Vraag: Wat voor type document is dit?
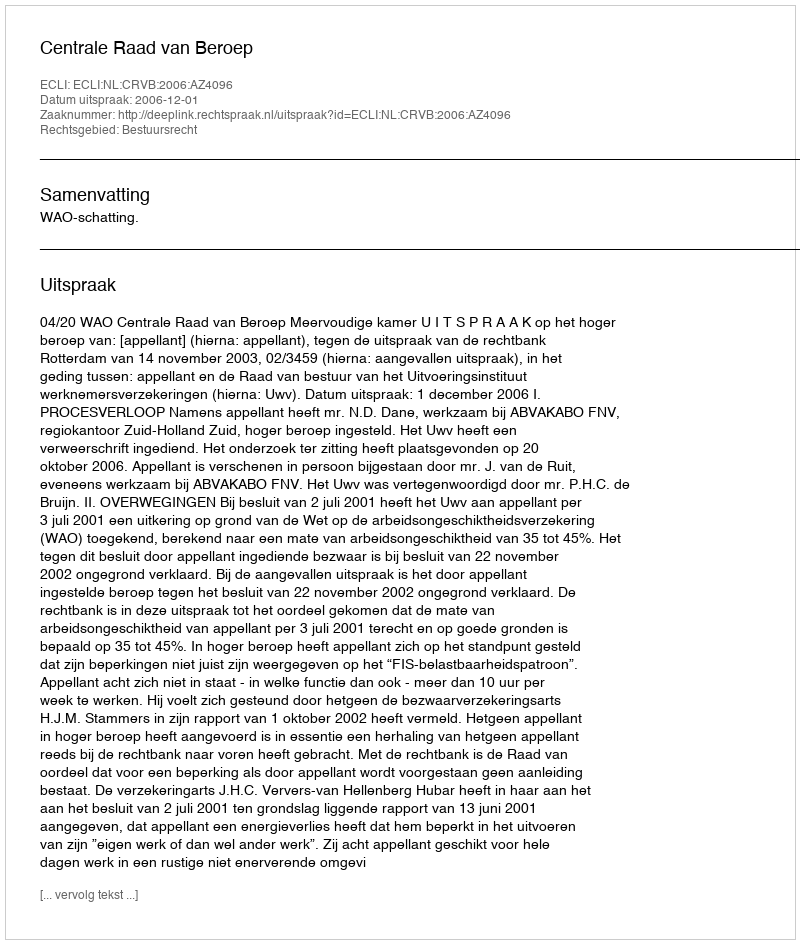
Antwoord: Uitspraak